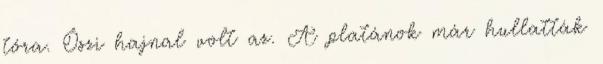
tóra. Őszi hajnal volt az. A platánok már hullatták